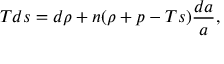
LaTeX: T d s = d \rho + n ( \rho + p - T s ) { \frac { d a } { a } } ,